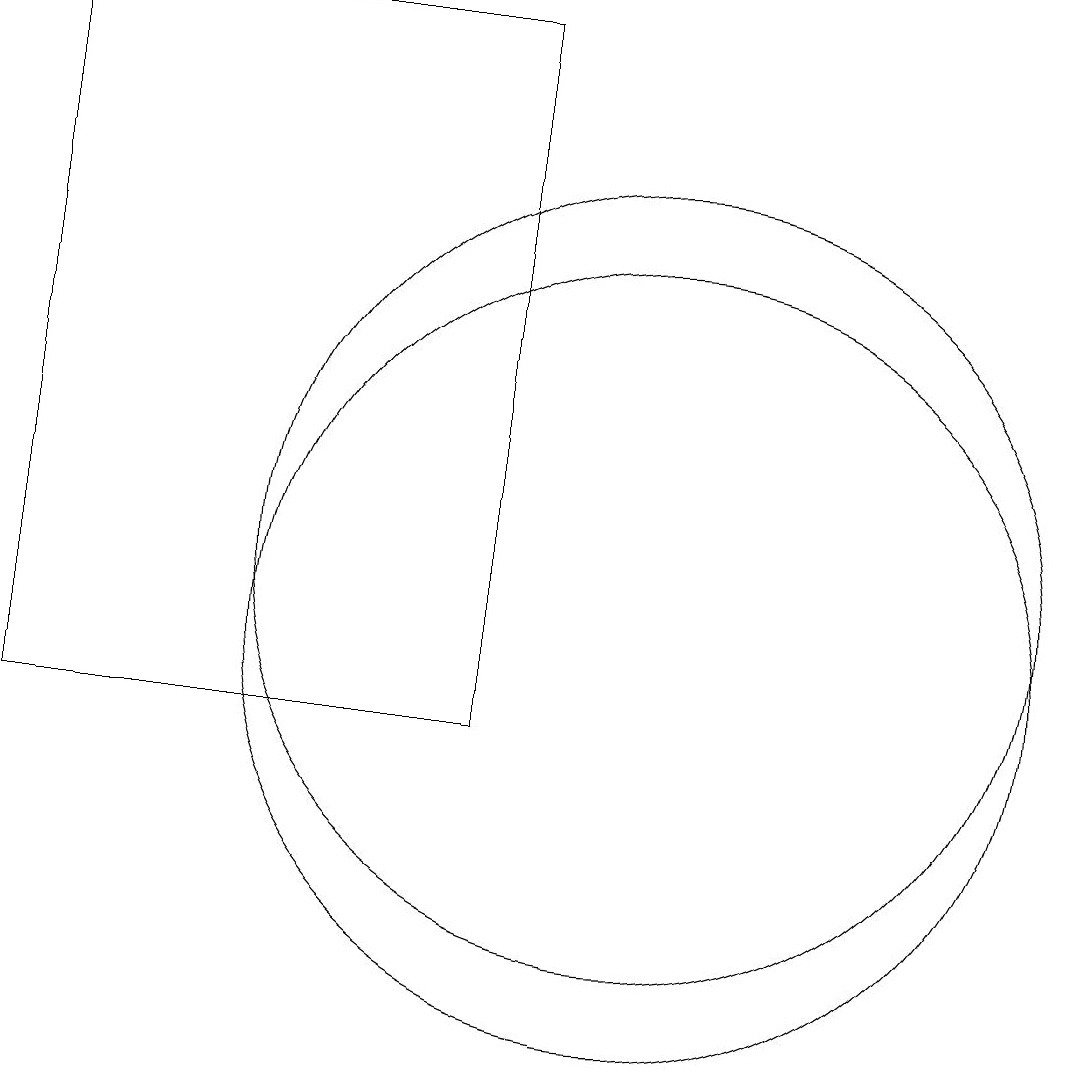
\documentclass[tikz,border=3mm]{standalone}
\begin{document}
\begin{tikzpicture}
\draw (10,12) circle (5);
\draw (10,11) circle (5);
\draw (8,10) rectangle (2,19);
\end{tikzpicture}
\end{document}